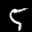
Label: 5